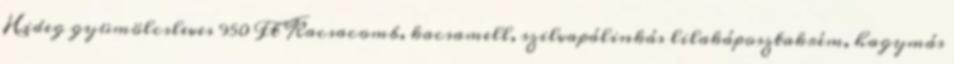
Hideg gyümölcsleves 950 Ft Kacsacomb, kacsamell, szilvapálinkás lilakáposztakrém, hagymás